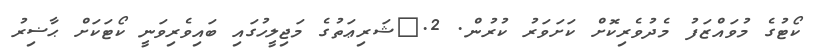
ކޯޓުގެ މުވައްޒަފު މެދުވެރިކޮށް ކަށަވަރު ކުރުން. 2.	ޝަރިޢަތުގެ މަޖިލީހުގައި ބައިވެރިވަނީ ކޯޓަކަށް ޙާޟިރު